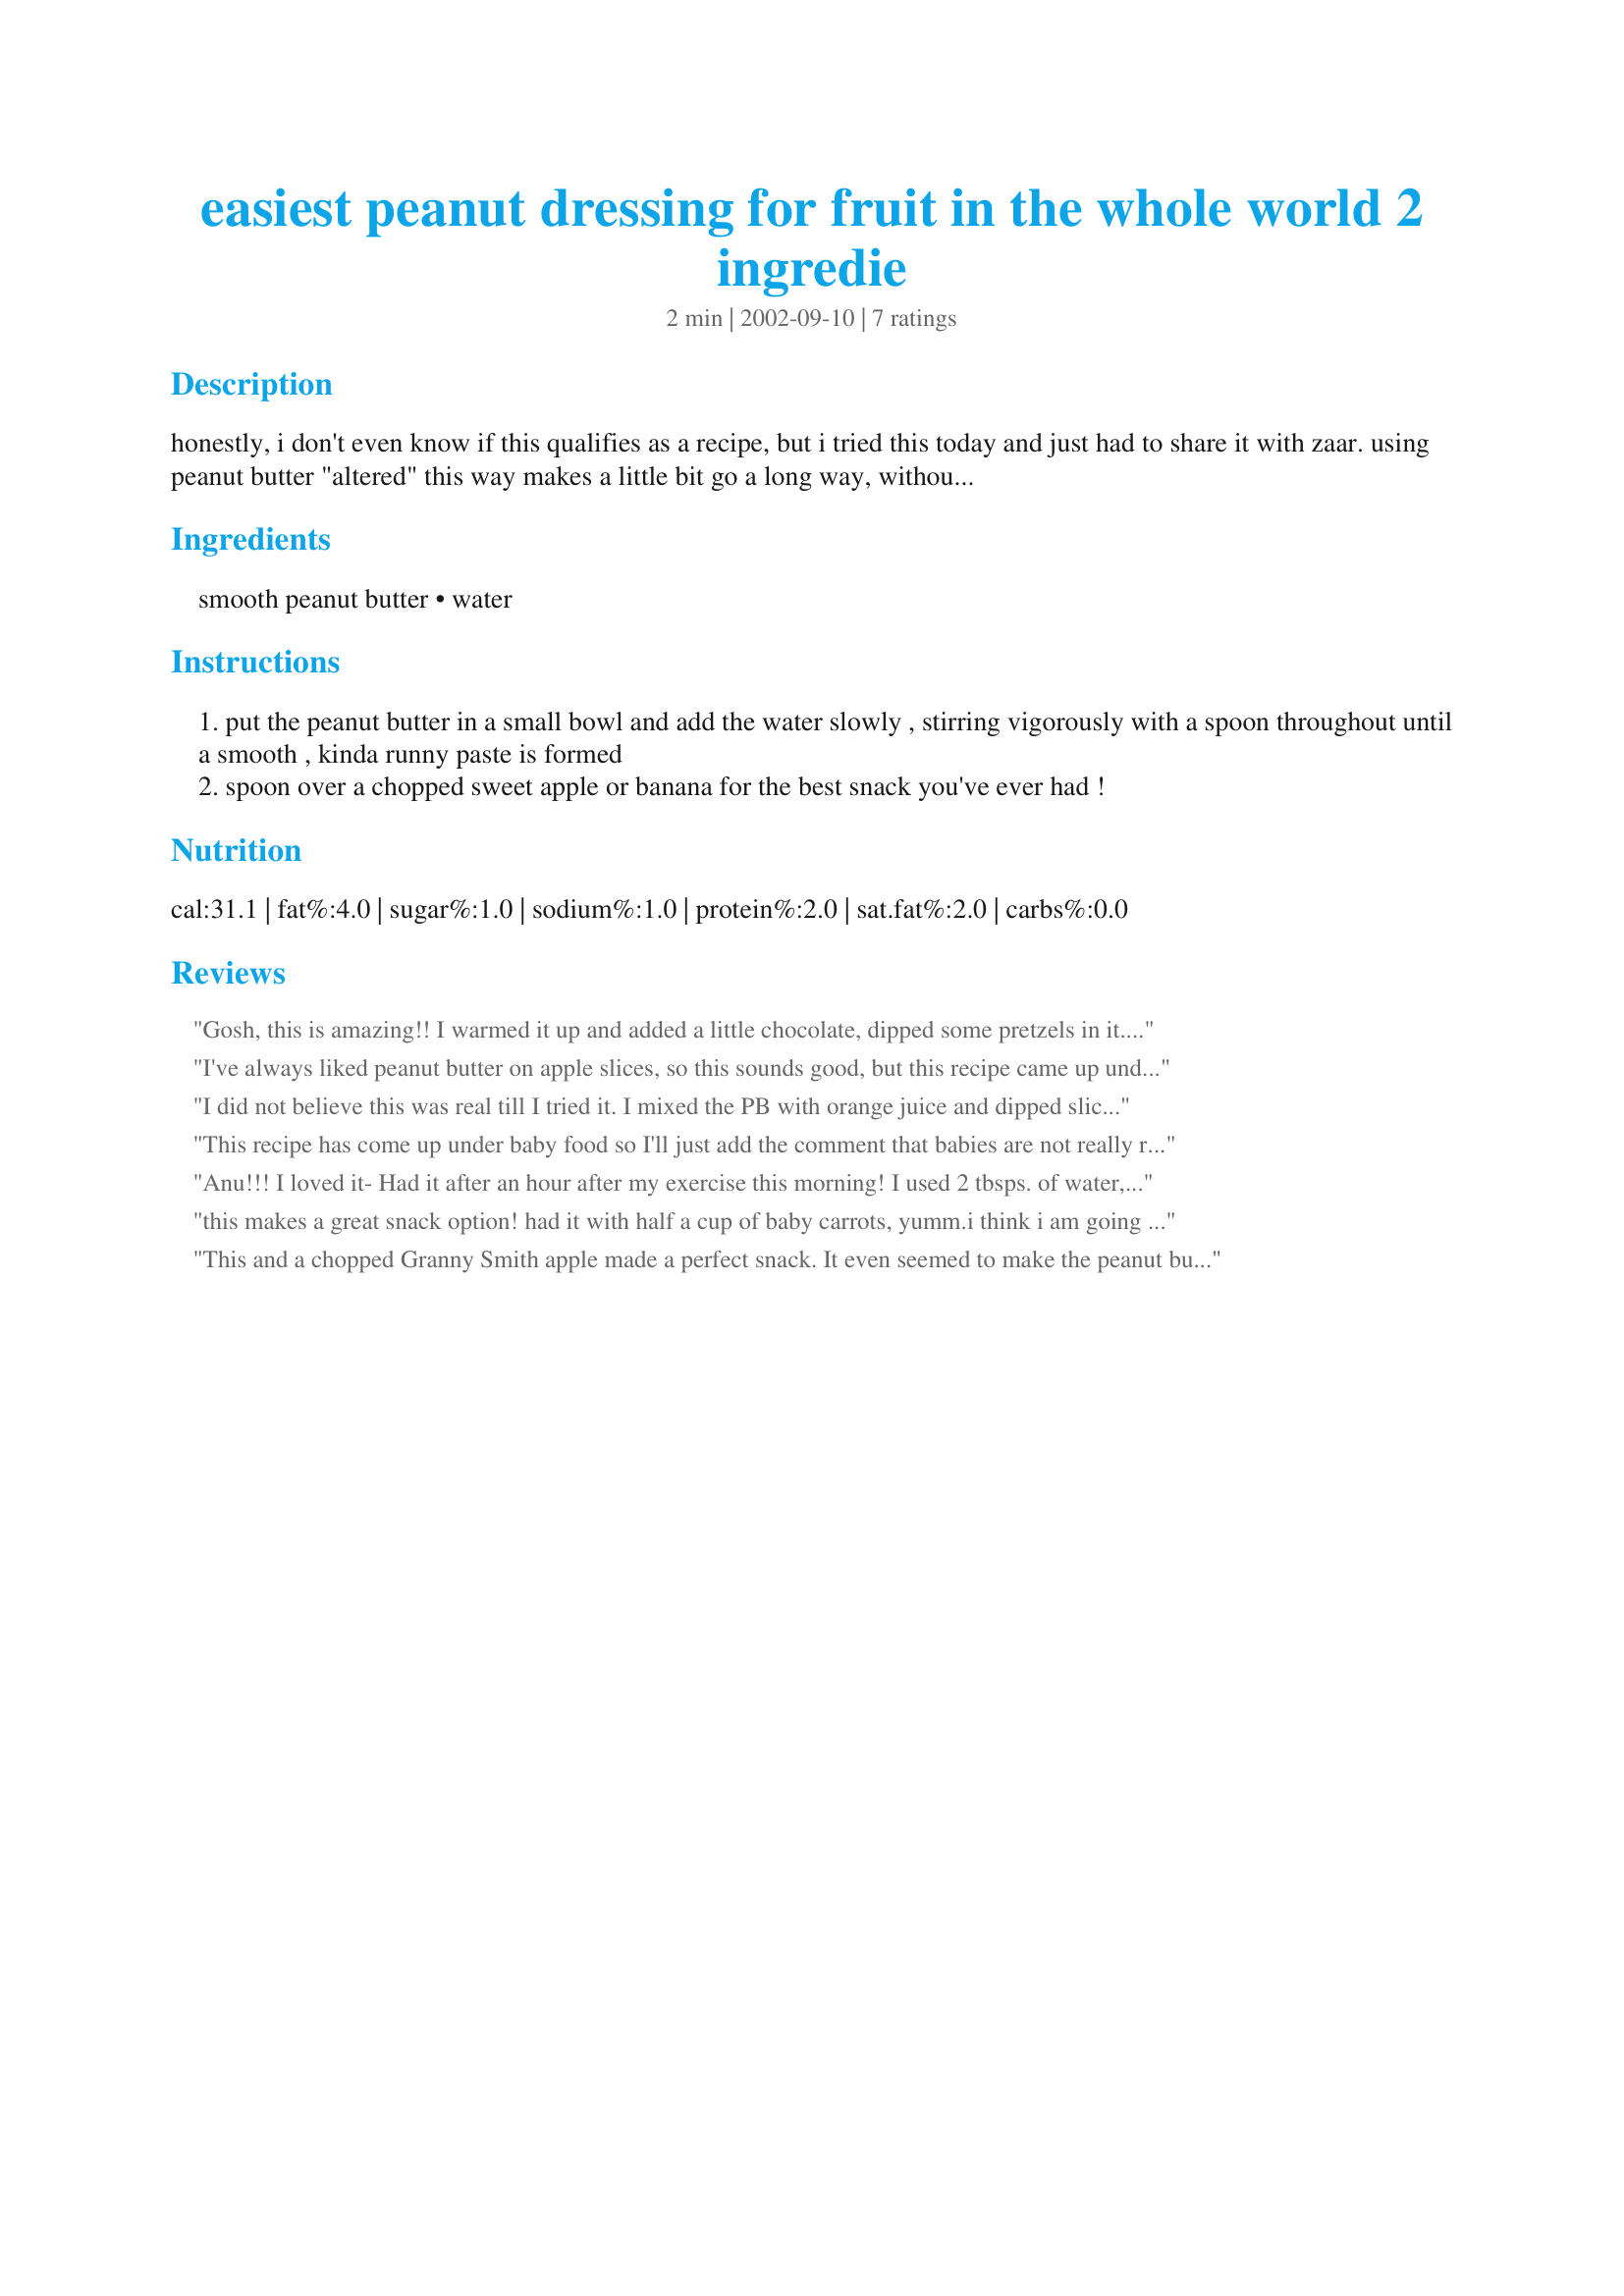
easiest peanut dressing for fruit in the whole world 2 ingredie
Preparation time: 2 minutes

honestly, i don't even know if this qualifies as a recipe, but i tried this today and just had to share it with zaar. using peanut butter "altered" this way makes a little bit go a long way, without compromising on the taste. look at the recipe, you'll know what i mean! and, this dressing is relatively more low-cal than most other dressings.

Ingredients:
smooth peanut butter, water

Steps:
put the peanut butter in a small bowl and add the water slowly , stirring vigorously with a spoon throughout until a smooth , kinda runny paste is formed
spoon over a chopped sweet apple or banana for the best snack you've ever had !

Reviews:
Gosh, this is amazing!! I warmed it up and added a little chocolate, dipped some pretzels in it....soooooo good!! This really makes the peanut butter last even longer. Thanks for this amazingly easy, tasty recipe!
I've always liked peanut butter on apple slices, so this sounds good, but this recipe came up under Bread Machine recipes...
I did not believe this was real till I tried it.
I mixed the PB with orange juice and dipped sliced pears in it and What a treat!! So simple so good.
This recipe has come up under baby food so I'll just add the comment that babies are not really recommended to have peanut butter until after 12 months at the earliest for allergy reasons.
Anu!!! I loved it- Had it after an hour after my exercise this morning! I used 2 tbsps. of water, but that made the paste very runny, so I'll stick to 1 tbsp of water and 1 tsp. of smooth PB next time. I loved this simple and low-cal PB snack of yours! As I always say, "You are a genius"! Oh, BTW, I spooned this on a fresh juicy green pear! Heavenly snack!! Thank You, Anu!
this makes a great snack option! had it with half a cup of baby carrots, yumm.i think i am going to try it with a bowl of shredded carrots and raisins next, i am sure it will be great, thankssss!!!
This and a chopped Granny Smith apple made a perfect snack. It even seemed to make the peanut butter taste slightly sweet. It would make for a healthy dessert, too. I used Adam's brand No-Stir Natural Peanut Butter (I guessed that meant it wouldn't separate and it hasn't so far). Thanks for posting this even though you had second thoughts!
